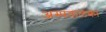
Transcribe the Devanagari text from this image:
अस्पतालका